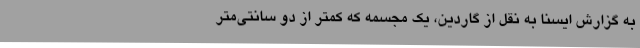
به گزارش ایسنا به نقل از گاردین، یک مجسمه که کمتر از دو سانتی‌متر